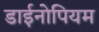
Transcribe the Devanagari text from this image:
डाईनोपियम